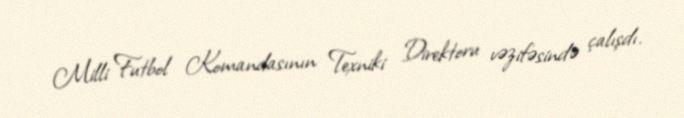
Milli Futbol Komandasının Texniki Direktoru vəzifəsində çalışdı.